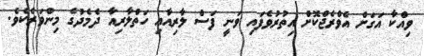
ވިއްކާ އަގަށް އެވްރެޖްކޮށް އިތުރުވެފައި ވަނީ ފަސް ލާރިއާއި ހަތްލާރިއާ ދެމެދުގެ މިންވަރެކެވެ.